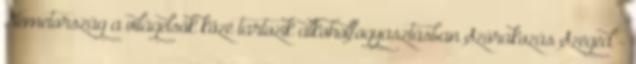
Németország a világelsők közé tartozik alkoholfogyasztásban Szórakozás Szeged -